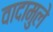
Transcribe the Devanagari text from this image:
वादामुले